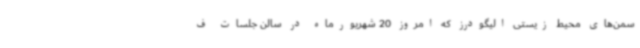
سمن‌های محیط زیستی الیگودرز که امروز 20 شهریورماه در سالن جلسات ف